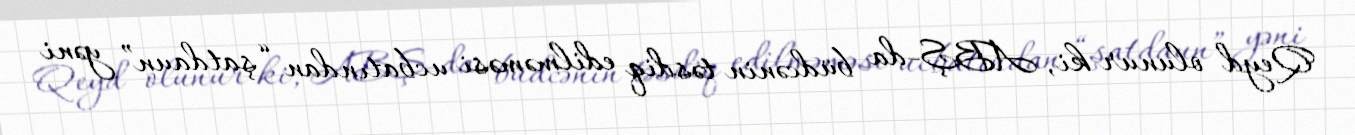
Qeyd olunur ki, ABŞ-da büdcənin təsdiq edilməməsi ucbatından “şatdaun” yəni